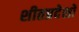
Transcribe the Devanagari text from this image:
शीतप्रदेशों